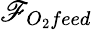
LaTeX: \mathscr{F}_{O_{2}feed}